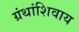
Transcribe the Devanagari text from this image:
ग्रंथांशिवाय